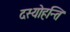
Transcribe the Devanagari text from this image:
दस्योहन्ति